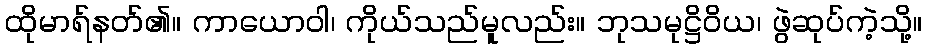
ထိုမာရ်နတ်၏။ ကာယောဝါ၊ ကိုယ်သည်မူလည်း။ ဘုသမုဋ္ဌိဝိယ၊ ဖွဲဆုပ်ကဲ့သို့။